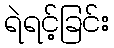
ရဲရင့်ခြင်း